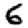
Digit: 6